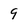
Character: 9